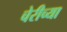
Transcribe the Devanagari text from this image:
चेरीच्या